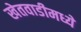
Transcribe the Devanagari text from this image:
खेतवाडीमध्ये